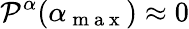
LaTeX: \mathcal{P}^{\alpha}(\alpha_{\mathrm{~m~a~x~}})\approx 0